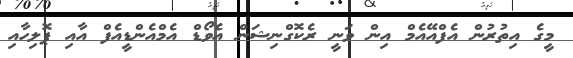
މީގެ އިތުރުން އެފްއޭއެމް އިން ވަނީ ރެކޮގްނިޝަން އެވޯޑް އެމްއެންޑީއެފް އާއި ޕޮލިހާއި